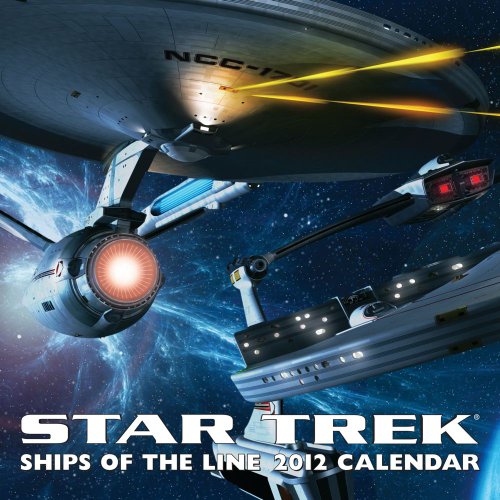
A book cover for Star Trek: Ships of the Line: 2012 Wall Calendar; Andrews McMeel Publishing; Calendars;